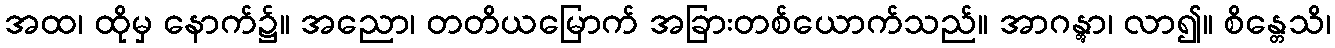
အထ၊ ထိုမှ နောက်၌။ အညော၊ တတိယမြောက် အခြားတစ်ယောက်သည်။ အာဂန္တွာ၊ လာ၍။ စိန္တေသိ၊